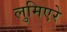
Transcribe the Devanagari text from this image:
लुमिएरे